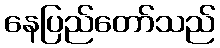
နေပြည်တော်သည်